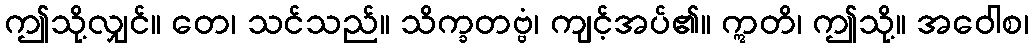
ဤသို့လျှင်။ တေ၊ သင်သည်။ သိက္ခတဗ္ဗံ၊ ကျင့်အပ်၏။ ဣတိ၊ ဤသို့။ အဝေါစ၊